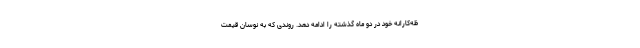
ظه‌کارانه خود در دو ماه گذشته را ادامه دهد. روندی که به نوسان قیمت